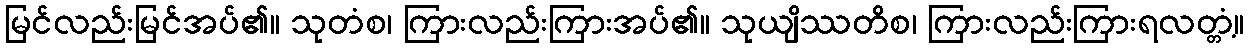
မြင်လည်းမြင်အပ်၏။ သုတံစ၊ ကြားလည်းကြားအပ်၏။ သုယျိဿတိစ၊ ကြားလည်းကြားရလတ္တံ့။